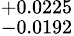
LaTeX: ^{+0.0225}_{-0.0192}